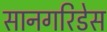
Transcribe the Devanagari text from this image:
सानगरिडेस